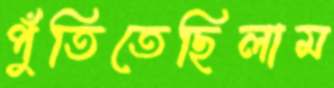
পুঁতিতেছিলাম